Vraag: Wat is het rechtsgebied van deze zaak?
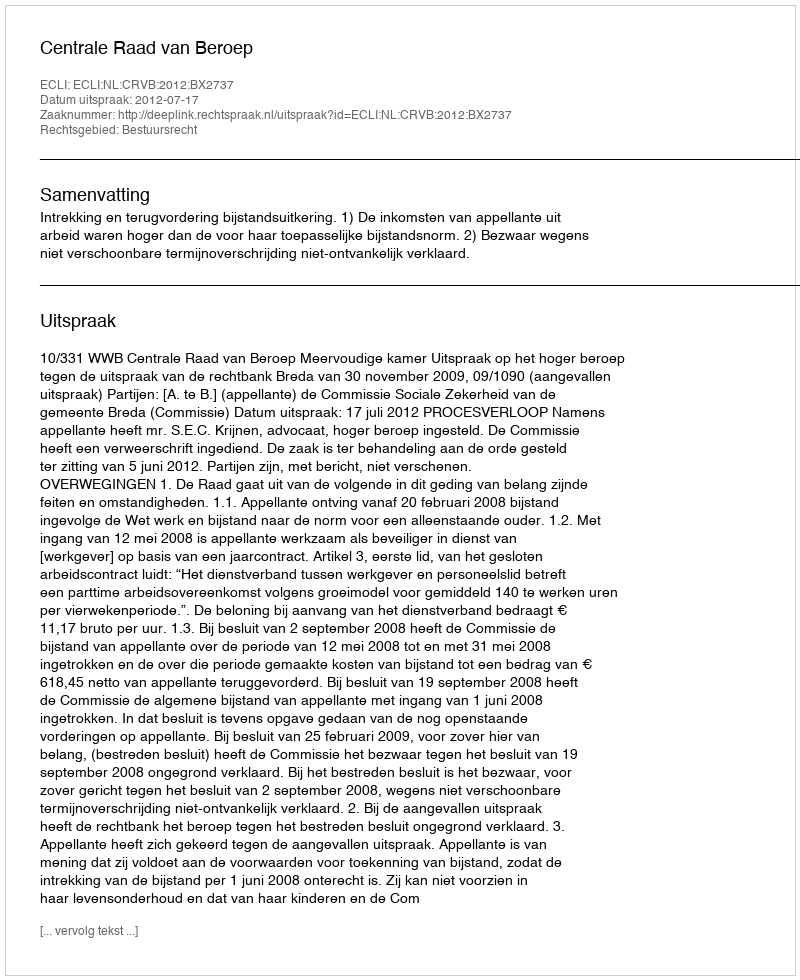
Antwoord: Bestuursrecht